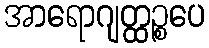
အာရောဂျတ္ထဉ္စပေ